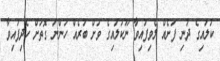
ކުލައިގެ ދުނި ފަށެއް ލެވިފައިވާ ނޫކުލައިގެ ވަށް ބުރެއް ހުންނަ ގޮތަށް ހެދިފައިވާ